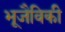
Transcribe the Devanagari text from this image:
भूजैविकी